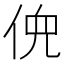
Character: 𫢳